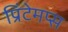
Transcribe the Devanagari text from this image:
प्रिंटेमप्स